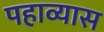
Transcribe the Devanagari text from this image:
पहाव्यास